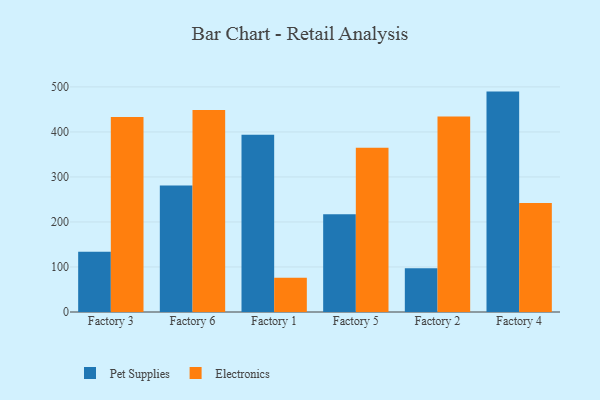
{"axis": {"x": "Factory", "y": "Net Income (USD K)"}, "legend": ["Electronics", "Pet Supplies"], "data": [{"x": "Factory 3", "y": 134.1, "type": "Pet Supplies"}, {"x": "Factory 3", "y": 433.3, "type": "Electronics"}, {"x": "Factory 6", "y": 281.1, "type": "Pet Supplies"}, {"x": "Factory 6", "y": 449.0, "type": "Electronics"}, {"x": "Factory 1", "y": 393.9, "type": "Pet Supplies"}, {"x": "Factory 1", "y": 76.0, "type": "Electronics"}, {"x": "Factory 5", "y": 217.0, "type": "Pet Supplies"}, {"x": "Factory 5", "y": 364.7, "type": "Electronics"}, {"x": "Factory 2", "y": 97.3, "type": "Pet Supplies"}, {"x": "Factory 2", "y": 434.4, "type": "Electronics"}, {"x": "Factory 4", "y": 489.6, "type": "Pet Supplies"}, {"x": "Factory 4", "y": 242.3, "type": "Electronics"}]}